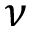
\nu